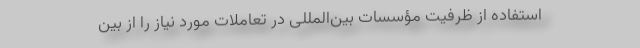
استفاده از ظرفیت مؤسسات بین‌المللی در تعاملات مورد نیاز را از بین